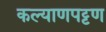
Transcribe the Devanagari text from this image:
कल्याणपट्टण